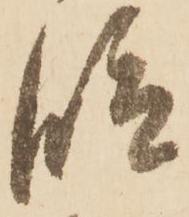
段